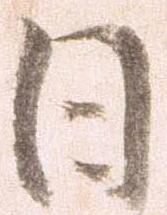
日